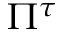
\Pi ^ { \tau }